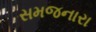
સમજનારા